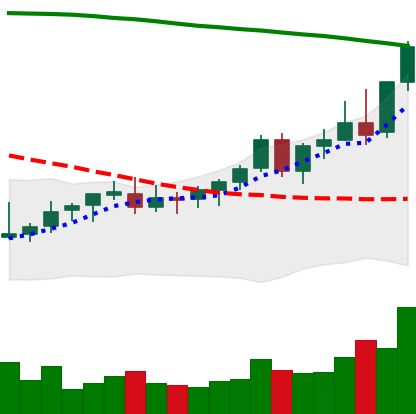
Ticker: EOS-USD
Chart end date: 2021-08-14
Forward return: -4.326%
Label: down_3_5